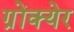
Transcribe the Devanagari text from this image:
ग्रोंक्येर